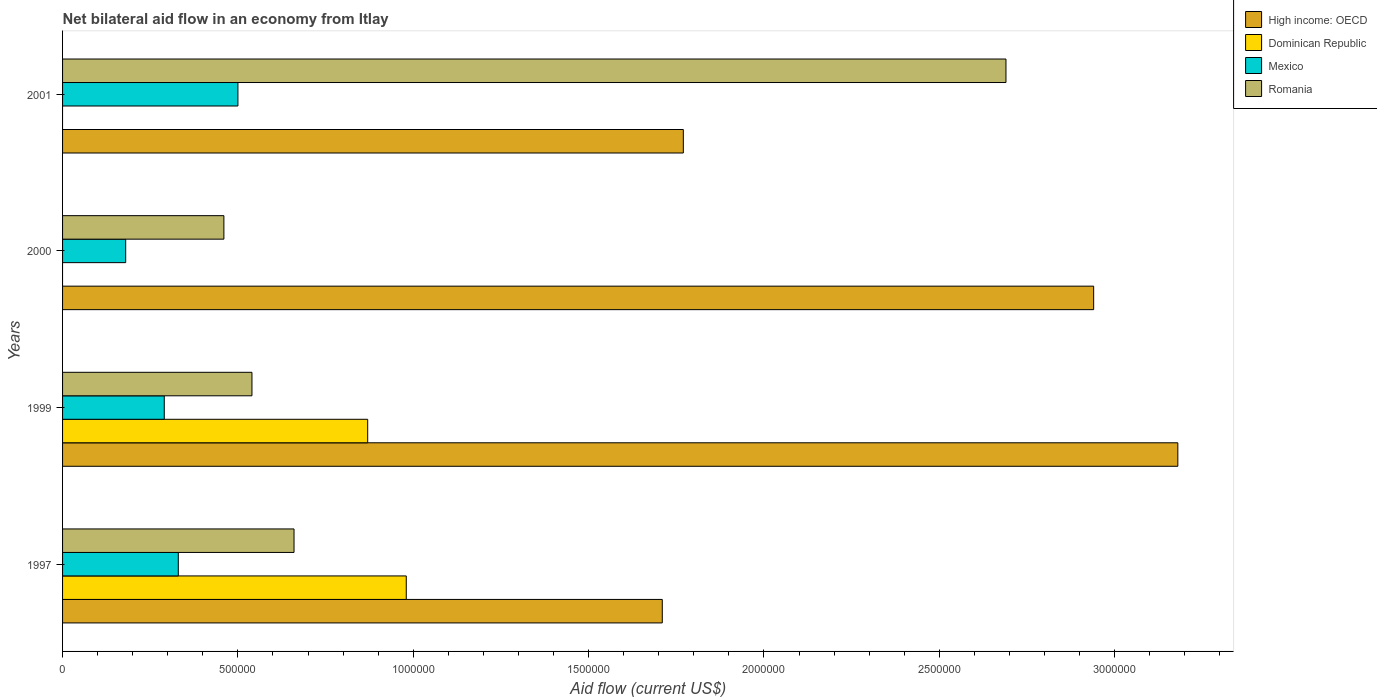
| Years | High income: OECD | Dominican Republic | Mexico | Romania |
 | --- | --- | --- | --- | --- |
 | 1997 | 1.71e+06 | 9.8e+05 | 3.3e+05 | 6.6e+05 |
 | 1999 | 3.18e+06 | 8.7e+05 | 2.9e+05 | 5.4e+05 |
 | 2000 | 2.94e+06 | -4.03e+06 | 1.8e+05 | 4.6e+05 |
 | 2001 | 1.77e+06 | -3.77e+06 | 5e+05 | 2.69e+06 |